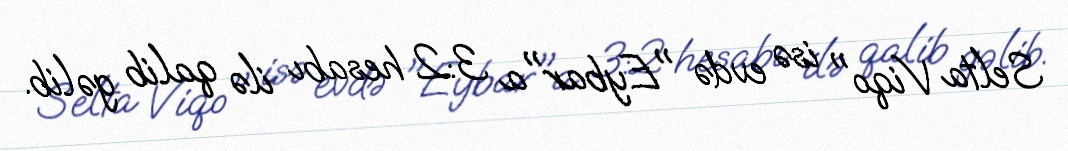
Selta Viqo" isə evdə "Eybar"a 3:2 hesabı ilə qalib gəlib.